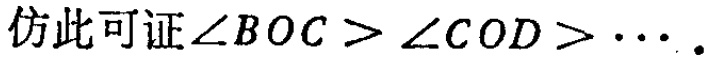
仿此可证\(\angle BOC > \angle COD > \cdots\)